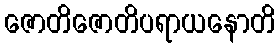
ဇောတိဇောတိပရာယနောတိ